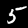
Label: 5